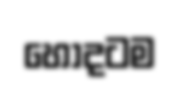
හොදටම